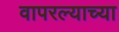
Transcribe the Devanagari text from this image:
वापरल्याच्या